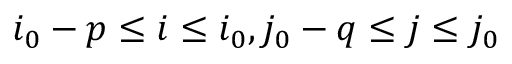
i _ { 0 } - p \le i \le i _ { 0 } , j _ { 0 } - q \le j \le j _ { 0 }